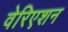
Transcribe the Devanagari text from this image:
वेरिएशन